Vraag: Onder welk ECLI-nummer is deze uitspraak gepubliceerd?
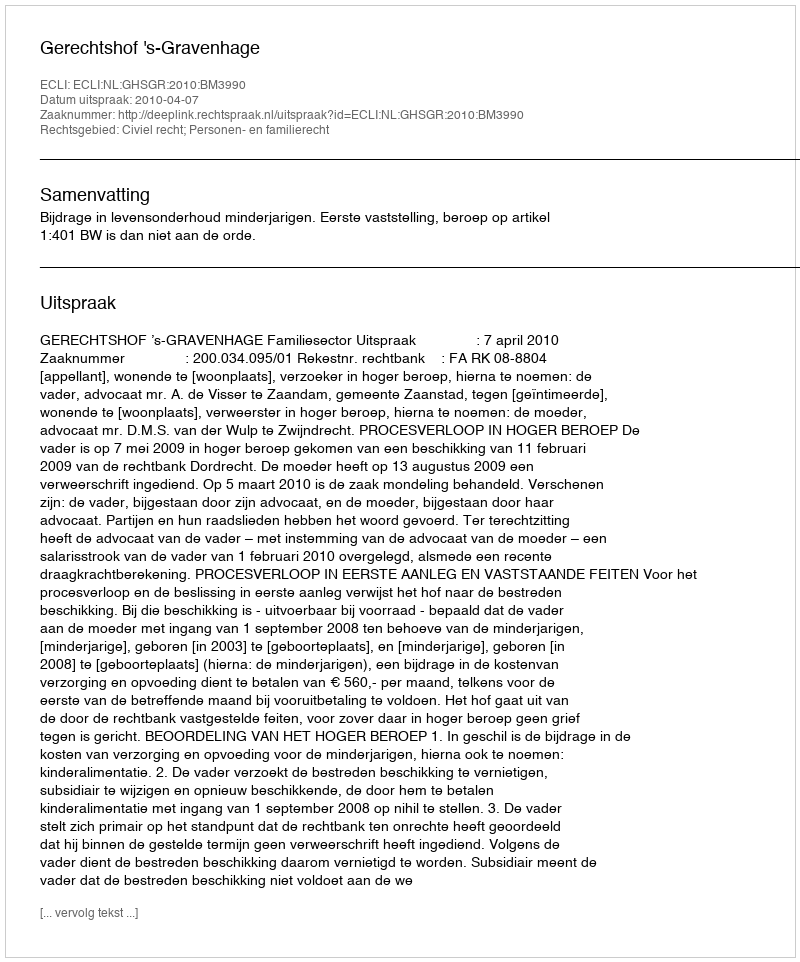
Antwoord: ECLI:NL:GHSGR:2010:BM3990